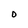
Character: D